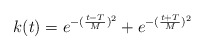
\begin{align*}k(t) = e^{-(\frac{t-T}{M})^2} + e^{-(\frac{t+T}{M})^2} \end{align*}